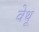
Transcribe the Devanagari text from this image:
वेथू